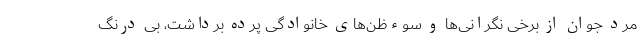
مرد جوان از برخی نگرانی‌ها و سوءظن‌های خانوادگی پرده برداشت، بی درنگ